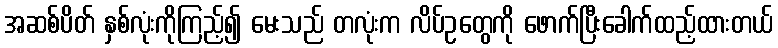
အဆစ်ပိတ် နှစ်လုံးကိုကြည့်၍ မေးသည် တလုံးက လိပ်ဥတွေကို ဖောက်ပြီးခေါက်ထည့်ထားတယ်